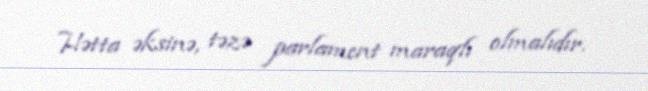
Hətta əksinə, təzə parlament maraqlı olmalıdır.